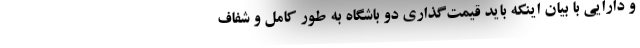
و دارایی با بیان اینکه باید قیمت‌گذاری دو باشگاه به طور کامل و شفاف